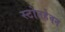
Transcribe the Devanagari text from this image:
स्टोनहेवन